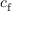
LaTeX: c _ { \mathrm { f } }